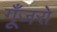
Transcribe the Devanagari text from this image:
गूँजरो